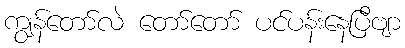
ကျွန်တော်လဲ တော်တော် ပင်ပန်းနေပြီဗျာ